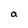
Character: a